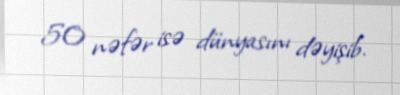
50 nəfər isə dünyasını dəyişib.